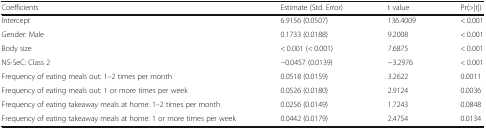
<table><thead><tr><td><b>Coefficients</b></td><td><b>Estimate (Std. Error)</b></td><td><b>t value</b></td><td><b>Pr(&gt;|t|)</b></td></tr></thead><tbody><tr><td>Intercept</td><td>6.9156 (0.0507)</td><td>136.4009</td><td>&lt; 0.001</td></tr><tr><td>Gender: Male</td><td>0.1733 (0.0188)</td><td>9.2008</td><td>&lt; 0.001</td></tr><tr><td>Body size</td><td>&lt; 0.001 (&lt; 0.001)</td><td>7.6875</td><td>&lt; 0.001</td></tr><tr><td>NS-SeC: Class 2</td><td>−0.0457 (0.0139)</td><td>−3.2976</td><td>&lt; 0.001</td></tr><tr><td>Frequency of eating meals out: 1–2 times per month</td><td>0.0518 (0.0159)</td><td>3.2622</td><td>0.0011</td></tr><tr><td>Frequency of eating meals out: 1 or more times per week</td><td>0.0526 (0.0180)</td><td>2.9124</td><td>0.0036</td></tr><tr><td>Frequency of eating takeaway meals at home: 1–2 times per month</td><td>0.0256 (0.0149)</td><td>1.7243</td><td>0.0848</td></tr><tr><td>Frequency of eating takeaway meals at home: 1 or more times per week</td><td>0.0442 (0.0179)</td><td>2.4754</td><td>0.0134</td></tr></tbody></table>